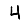
Digit: 4